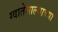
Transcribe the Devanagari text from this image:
ग्वातेमाल्याच्या